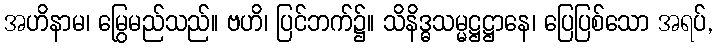
အဟိနာမ၊ မြွေမည်သည်။ ဗဟိ၊ ပြင်ဘက်၌။ သိနိဒ္ဓသမ္မဋ္ဌဋ္ဌာနေ၊ ပြေပြစ်သော အရပ်,